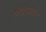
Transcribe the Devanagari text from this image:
मोरॉक्कन